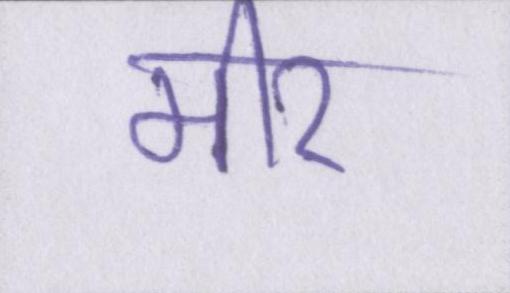
मीर